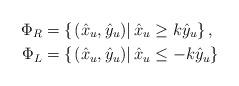
LaTeX: \begin{align*}{\Phi _R} &= \left\{ {\left. {\left( {{{\hat x}_u},{{\hat y}_u}} \right)} \right|{{\hat x}_u} \ge k{{\hat y}_u}} \right\},\\{\Phi _L} &= \left\{ {\left. {\left( {{{\hat x}_u},{{\hat y}_u}} \right)} \right|{{\hat x}_u} \le - k{{\hat y}_u}} \right\}\end{align*}